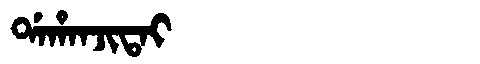
Manchu: ᡩᠠᡥᠠᠨᠵᡳᡨᠠᡳ
Romanization: DAHANJITAI